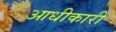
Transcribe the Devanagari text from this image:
आधीकारी